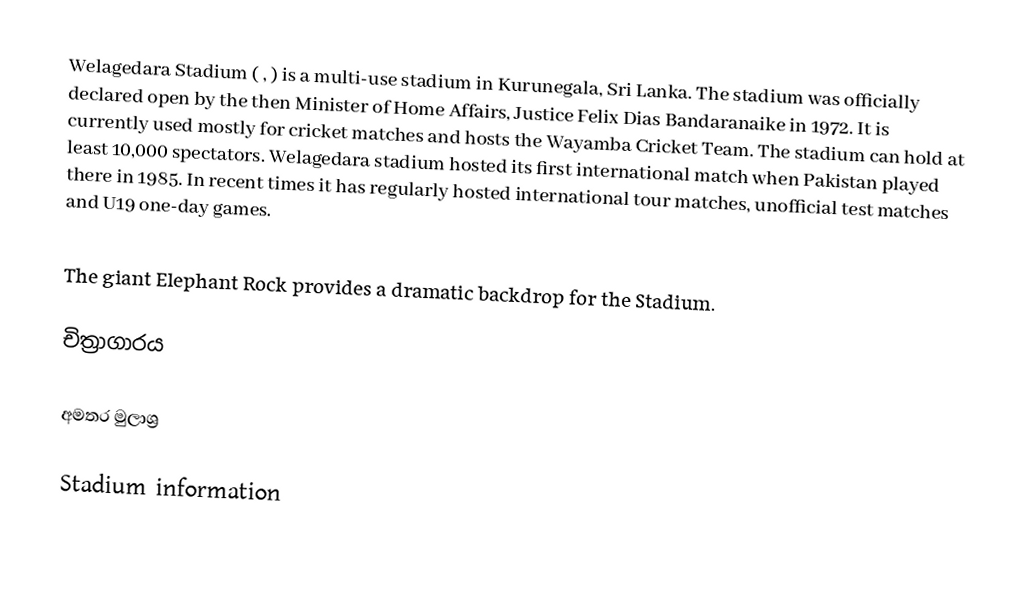
Welagedara Stadium ( , ) is a multi-use stadium in Kurunegala, Sri Lanka.  The stadium was officially declared open by the then Minister of Home Affairs, Justice Felix Dias Bandaranaike in 1972. It is currently used mostly for cricket matches and hosts the Wayamba Cricket Team. The stadium can hold at least 10,000 spectators. Welagedara stadium hosted its first international match when Pakistan played there in 1985. In recent times it has regularly hosted international tour matches, unofficial test matches and U19 one-day games.

The giant Elephant Rock provides a dramatic backdrop for the Stadium.

චිත්‍රාගාරය

අමතර මුලාශ්‍ර

 Stadium information